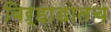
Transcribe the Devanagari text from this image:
बिऱ्हाडातच